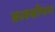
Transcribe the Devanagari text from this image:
ढलवाँपन